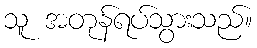
သူ အတုန်ရပ်သွားသည်။